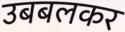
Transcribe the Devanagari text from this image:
उबबलकर